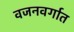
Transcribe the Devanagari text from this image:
वजनवर्गात